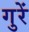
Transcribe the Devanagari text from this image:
गुरें